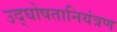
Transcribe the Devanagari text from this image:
उद्घोषतानियंत्रण